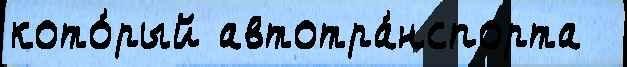
кото́рый автотра́нспорта